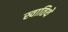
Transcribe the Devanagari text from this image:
स्वातिथे